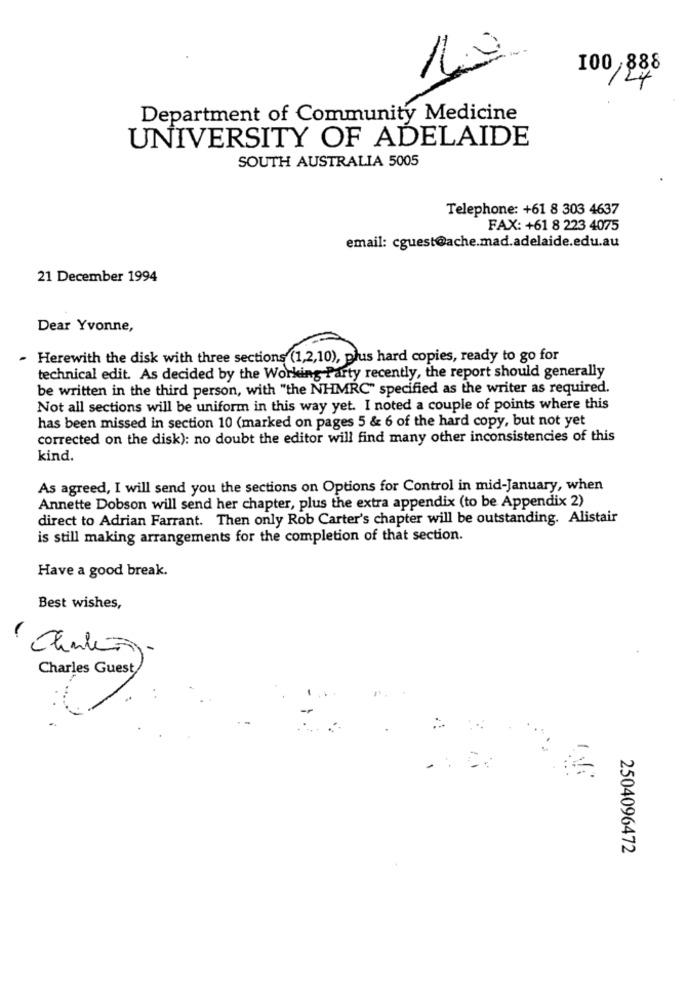
100,888
124
Department of Community Medicine
UNIVERSITY OF ADELAIDE
SOUTH AUSTRALIA 5005
Telephone: +61 8 303 4637
FAX: +61 8 223 4075
email: cguest@ache.mad.adelaide.edu.au
21 December 1994
Dear Yvonne,
Herewith the disk with three sections (1,2,10), plus hard copies, ready to go for
technical edit. As decided by the Working Party recently, the report should generally
ction 2 .
be written in the third person, with "the NHMRC" specified as the writer as required.
Not all sections will be uniform in this way yet. I noted a couple of points where this
has been missed in section 10 (marked on pages 5 & 6 of the hard copy, but not yet
corrected on the disk): no doubt the editor will find many other inconsistencies of this
kind.
As agreed, I will send you the sections on Options for Control in mid-January, when
Annette Dobson will send her chapter, plus the extra appendix (to be Appendix 2)
direct to Adrian Farrant. Then only Rob Carter's chapter will be outstanding. Alistair
is still making arrangements for the completion of that section.
Have a good break.
Best wishes,
Charles Guest
2504096472